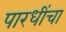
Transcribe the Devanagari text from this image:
पारधींचा